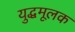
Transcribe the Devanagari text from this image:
युद्धमूलक